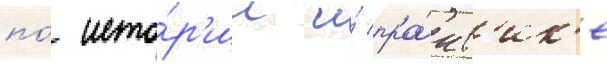
по́ исто́р'ии и́ пра́кт'ик'е